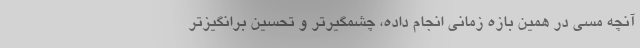
آنچه مسی در همین بازه زمانی انجام داده، چشمگیرتر و تحسین برانگیزتر